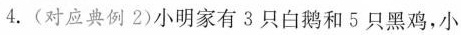
4.(对应典例2)小明家有3只白鹅和5只黑鸡，小